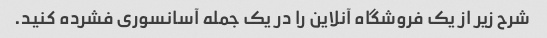
شرح زیر از یک فروشگاه آنلاین را در یک جمله آسانسوری فشرده کنید.